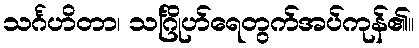
သင်္ဂဟိတာ၊ သင်္ဂြိုဟ်ရေတွက်အပ်ကုန်၏။